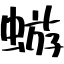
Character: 蝣